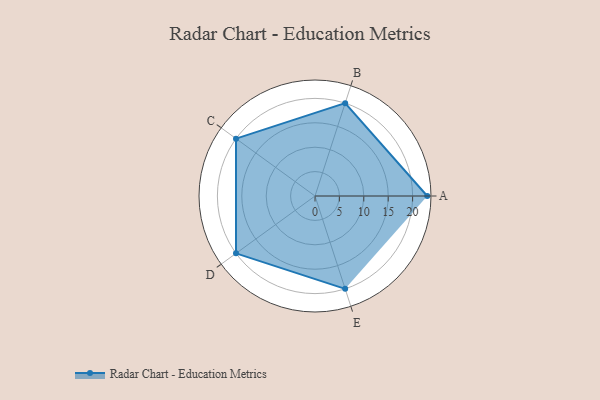
{"axis": {"x": "Skill", "y": "Score"}, "legend": ["Profile"], "data": [{"x": "A", "y": 23.0, "type": "Profile"}, {"x": "B", "y": 20, "type": "Profile"}, {"x": "C", "y": 20, "type": "Profile"}, {"x": "D", "y": 20, "type": "Profile"}, {"x": "E", "y": 20, "type": "Profile"}]}